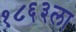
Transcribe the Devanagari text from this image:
१८६३ला